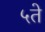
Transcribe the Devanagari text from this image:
५ते